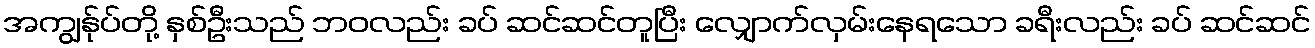
အကျွန်ုပ်တို့ နှစ်ဦးသည် ဘဝလည်း ခပ် ဆင်ဆင်တူပြီး လျှောက်လှမ်းနေရသော ခရီးလည်း ခပ် ဆင်ဆင်